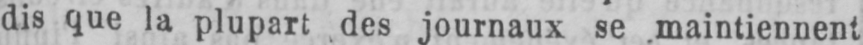
des journaux se maintiennent